Memorandum on the prevention of leprosy by segregation of the affected
Disease focus: Leprosy
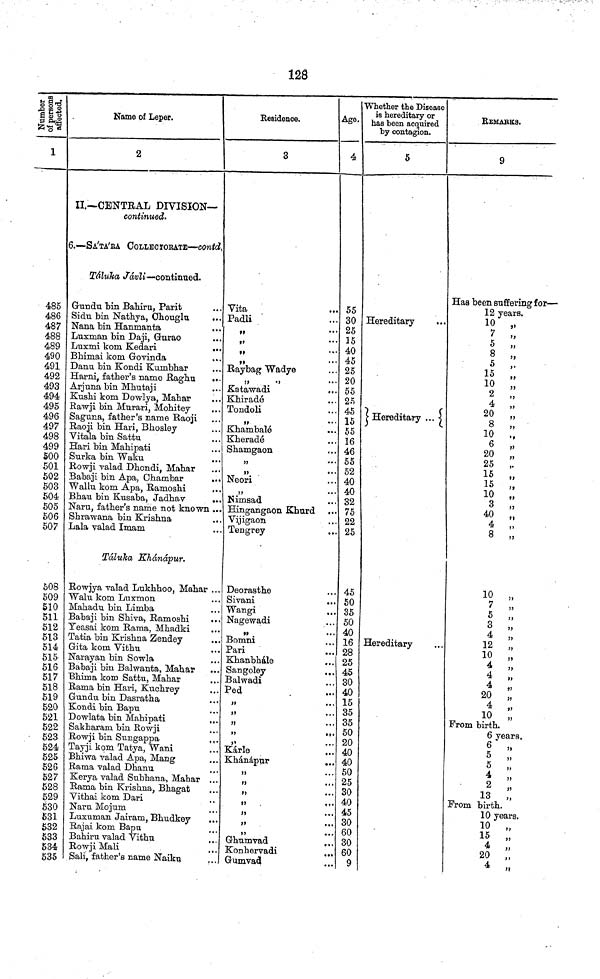
128
Number of persons affected.
1
485
486
487
488
489
490
491
492
493
494
495
496
497
498
499
500
501
502
503
504
505
506
507
508
509
510
511
512
513
514
515
516
517
518
519
520
521
522
523
524
525
526
527
528
529
530
531
532
533
534
535
Name of Leper.
2
II.—CENTRAL DIVISION—
continued.
6.—SA'TA'RA COLLECTORATE—contd.
Táluka
Jávli-continued.
Gundu bin Bahiru, Parit
Sidu bin Nathya, Ohouglu ...
Nana bin Hanmanta
...
Luxman bin Daji, Gurao
Luxmi kom Kedari
...
Bhimai kom Govinda
...
Danu bin Kondi Kumbhar
Harni, father's name Raghu
...
Arjuna bin Mhutaji
Kushi kom Dowlya, Mahar
Rawji bin Murari, Mohitey
Saguna, father's name Raoji
Raoji bin Hari, Bhosley
Vitala bin Sattu
Hari bin Mahipati
Surka bin Waku
Rowji valad Dhondi, Mahar
Babaji bin Apa, Chambar
Wallu kom Apa, Ramoshi
Bhau bin Kusaba, Jadhav
...
Naru, father's name not known ..
Shrawana bin Krishna
Lala valad Imam
Táluka Khánápur.
Rowjya valad Lukhhoo, Mahar ...
Walu kom Luxmon
Mahadu bin Limba
Babaji bin Shiva, Ramoshi
Yeasai kom Rama, Mhadki
Tatia bin Krishna Zendey
..
Gita kom Vithu
Narayan bin Sowla
Babaji bin Balwanta, Mahar
Bhima kom Sattu, Mahar
Rama bin Hari, Kuchrey
Gundu bin Dasratha
Kondi bin Bapu
Dowlata bin Mahipati
...
Sakharam bin Rowji
Rowji bin Sungappa
.
Tayji kom Tatya, Wani
Bhiwa valad Apa, Mang
Rama valad Dhanu
Kerya valad Subhana, Mahar ...
Rama bin Krishna, Bhagat
Vithai kom Dari
Naru Mojum
Luxuman Jairam, Bhudkey
...
Rajai kom Bapu
Bahiru valad Vithu
Rowji Mali
Sali, father's name Naiku
Residence.
3
Vita
Padli
• • •
Raybag Wadye
Katawadi
Khiradé
Tondoli
,,
...
Khambalé
Kheradé
Shamgaon
,,
...
,,
• •
Neori
,,
Nimsad
Hingangaon Khurd
Vijigaon
Tengrey
Deorasthe
Sivani
Wangi
..
Nagewadi
Bomni
Pari
Khanbhále
Sangoley
,..
Balwadi
Ped
,,
.
,,
>'
..
Kárle
,.
Khánápur
..
Ghumvad
Konhervadi
Gumvad
Age.
4
55
30
25
15
40
45
25
20
55
25
45
15
55
16
46
55
52
40
40
32
75
22
25
45
50
35
50
40
16
28
25
45
30
40
15
35
35
50
20
40
40
50
25
30
40
45
30
60
30
60
9
Whether the Disease
is hereditary or
has been acquired
by contagion.
5
Hereditary
...
Hereditary ...
Hereditary
REMARKS.
9
Has been suffering for—
12 years.
10 „
7
5
8
5
15 „
10
2
4
20
„
8
„
10
.,
6
20 „
25
,.
15
.,
15
10
3
40
4 „
8 „
10 „
7
5
3
„
4
12 „
10
4
4
4
20
4
10
From birth.
6
5
,,
5
4
2 V
13
From birth.
10
15
4
20
4